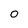
Character: 0